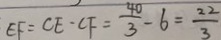
E F = C E \cdot C F = \frac { 4 0 } { 3 } - 6 = \frac { 2 2 } { 3 }